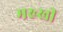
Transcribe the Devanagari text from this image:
मख्खी